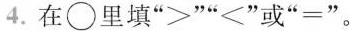
4.在\circ 里填”>”” < ”或”=”